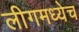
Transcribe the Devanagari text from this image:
लीगमध्येच